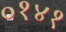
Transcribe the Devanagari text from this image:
०१४१